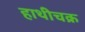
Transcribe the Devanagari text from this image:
हाथीचक्र